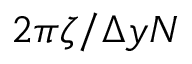
2 \pi \zeta / \Delta y N